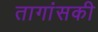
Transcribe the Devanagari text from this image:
तागांसकी